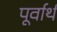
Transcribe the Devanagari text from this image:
पूर्वार्थ